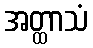
အတ္ထာသံ